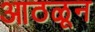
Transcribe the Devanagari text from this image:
आठळून